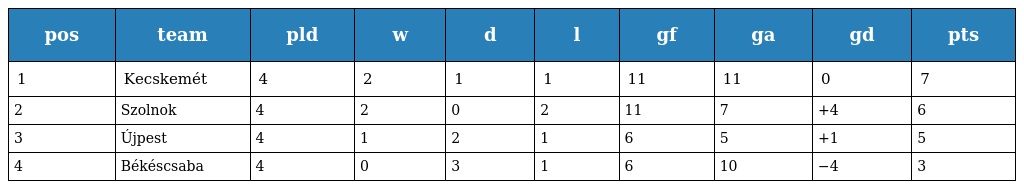
| pos | team | pld | w | d | l | gf | ga | gd | pts |
 | --- | --- | --- | --- | --- | --- | --- | --- | --- | --- |
 | 1 | Kecskemét | 4 | 2 | 1 | 1 | 11 | 11 | 0 | 7 |
 | 2 | Szolnok | 4 | 2 | 0 | 2 | 11 | 7 | +4 | 6 |
 | 3 | Újpest | 4 | 1 | 2 | 1 | 6 | 5 | +1 | 5 |
 | 4 | Békéscsaba | 4 | 0 | 3 | 1 | 6 | 10 | −4 | 3 |